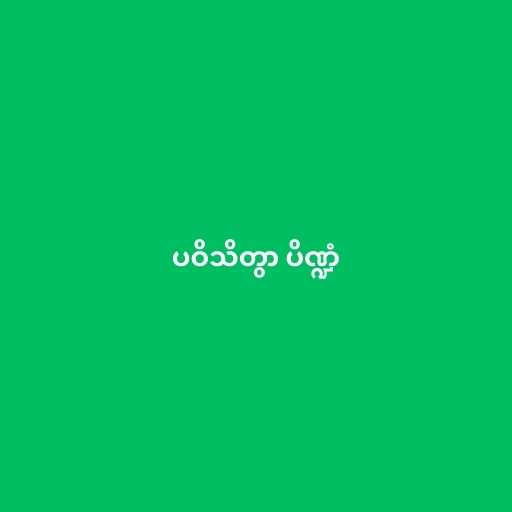
ပဝိသိတွာ ပိဏ္ဍံ